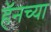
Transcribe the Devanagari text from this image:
हॅनच्या